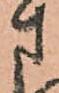
さ